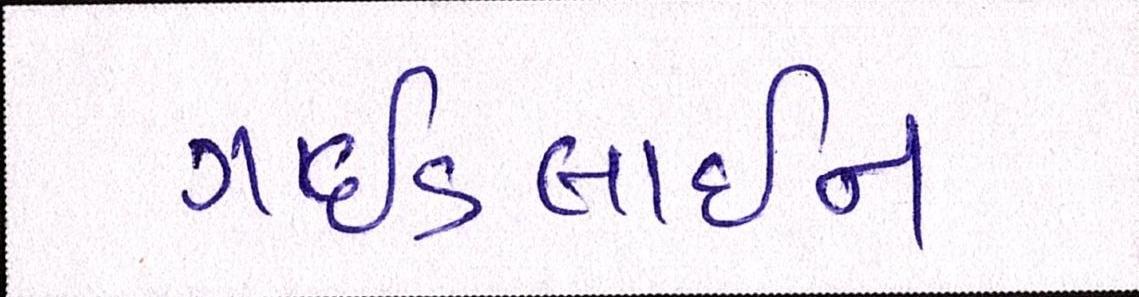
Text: ગાઈડલાઈન